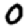
Digit: 0